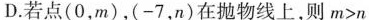
D.若点(0，m)，(-7，n)在抛物线上，则m>n